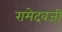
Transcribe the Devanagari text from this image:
रामेदवजी